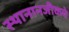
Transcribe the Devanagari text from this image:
स्थानानजीकचे